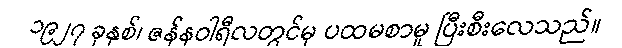
၁၉၂၇ ခုနှစ်၊ ဇန်နဝါရီလတွင်မှ ပထမစာမူ ပြီးစီးလေသည်။